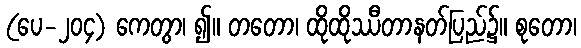
(ပေ-၂၀၄) ကေတွာ၊ ၍။ တတော၊ ထိုထိုဿီတာနတ်ပြည်၌။ စုတော၊